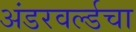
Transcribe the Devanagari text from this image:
अंडरवर्ल्डचा